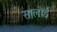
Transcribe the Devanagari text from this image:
सालोई